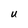
Character: U